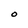
Character: O